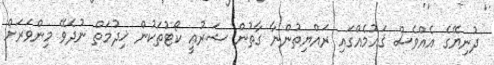
ދުނިޔޭގެ އެއްވެސް ޤައުމެއްގައި ރައްޔިތުންނާ ގާތުން ޝަރުޢީ ކޯޓުތަކުން ޚިދުމަތް ނުދެވޭ މިންވަރަށް